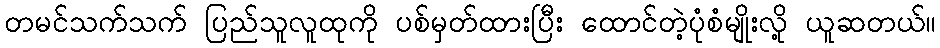
တမင်သက်သက် ပြည်သူလူထုကို ပစ်မှတ်ထားပြီး ထောင်တဲ့ပုံစံမျိုးလို့ ယူဆတယ်။